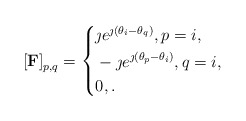
\begin{align*}\left[\bold{F}\right]_{p,q}=\left\{\begin{aligned}& \jmath e^{\jmath (\theta_{i}-\theta_{q})} , p = i, \\& -\jmath e^{\jmath (\theta_{p}-\theta_{i})} , q = i, \\&0, . \\\end{aligned}\right.\end{align*}